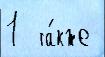
1  та́кже